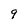
Character: 9